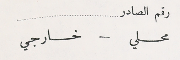
رقم الصادر محلي - خارجي